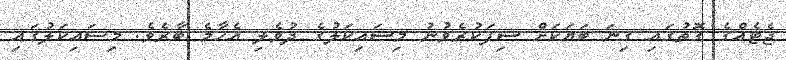
ޖެޓެއްގެ ގޮތުގައި ގިނަ ބަޔަކަށް ސިފަކުރެވުނު މިސައިކަލުގެ ދުވެލި އެހާމެ ބާރެވެ. މިސައިކަލުގައި